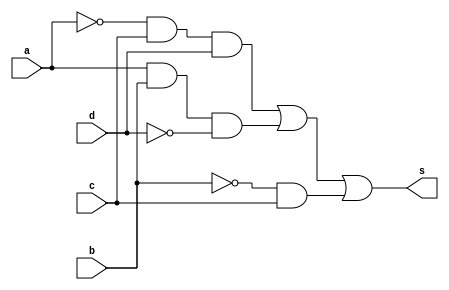
// ---------------------
// Guia08_01
// Nome: Luiz Felipe Fonseca
// ---------------------

// ---------------------
// -- module
// ---------------------

 module circuito (s, a, b, c, d);
 output s;
 input  a, b, c, d;
 wire w0, w1, w2, w3, w4, w5;
 
 not NOT1 (w0, a);
 not NOT2 (w1, d);
 not NOT3 (w2, b);
 and AND1 (w3, w0, c, d);
 and AND2 (w4, a, b, w1);
 and AND3 (w5, w2, c);
 or  OR1 (s, w3, w4, w5);
   
 endmodule // circuito 

// ----------------------
// -- Exercicio0801
// ----------------------

 module Exercicio0801;
 reg   a, b, c, d;
 wire  s;
          // instancia
 circuito circuito01 (s, a, b, c,d);
 
          // parte principal
 initial begin
      $display("Exercicio0801");
      $display("Luiz Felipe Fonseca - 405817");
      $display("\na  b  c  d  =  s\n");
      $monitor("%b  %b  %b  %b  =  %b", a, b, c, d, s );   
	   a=0;b=0;c=0;d=0;
   #1 a=0;b=0;c=0;d=1;
   #1 a=0;b=0;c=1;d=0;
   #1 a=0;b=0;c=1;d=1;
   #1 a=0;b=1;c=0;d=0;
   #1 a=0;b=1;c=0;d=1;
   #1 a=0;b=1;c=1;d=0;
   #1 a=0;b=1;c=1;d=1;
   #1 a=1;b=0;c=0;d=0;
   #1 a=1;b=0;c=0;d=1;
   #1 a=1;b=0;c=1;d=0;
   #1 a=1;b=0;c=1;d=1;
   #1 a=1;b=1;c=0;d=0;
   #1 a=1;b=1;c=0;d=1;
   #1 a=1;b=1;c=1;d=0;
   #1 a=1;b=1;c=1;d=1;
     

 end

endmodule // Exercicio0801